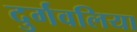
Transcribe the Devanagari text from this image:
दुर्गवलिया